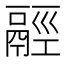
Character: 𩰹